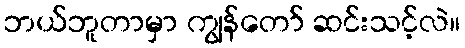
ဘယ်ဘူတာမှာ ကျွန်တော် ဆင်းသင့်လဲ။